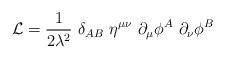
LaTeX: \begin{align*}\mathcal{L}=\frac{1}{2\lambda^2}~\delta_{AB}~\eta^{\mu\nu}~\partial_\mu\phi^A~\partial_\nu\phi^B\end{align*}